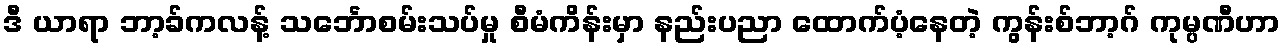
ဒီ ယာရာ ဘာ့ခ်ကလန့် သင်္ဘောစမ်းသပ်မှု စီမံကိန်းမှာ နည်းပညာ ထောက်ပံ့နေတဲ့ ကွန်းစ်ဘာ့ဂ် ကုမ္ပဏီဟာ